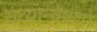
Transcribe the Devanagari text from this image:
सत्यान्वेषण।